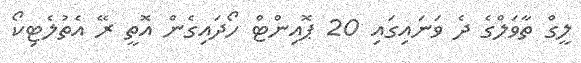
ލީގް ތާވަލްގެ ދެ ވަނައިގައި 20 ޕޮއިންޓް ހޯދައިގެން އޮތީ ރޭ އެތުލެޓިކޯ